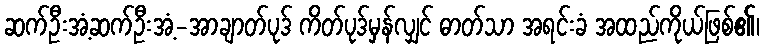
ဆက်ဦးအံ့ဆက်ဦးအံ့-အာချာတ်ပုဒ် ကိတ်ပုဒ်မှန်လျှင် ဓာတ်သာ အရင်းခံ အထည်ကိုယ်ဖြစ်၏၊